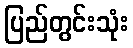
ပြည်တွင်းသုံး